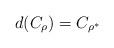
LaTeX: \begin{align*} d(C_\rho) = C_{\rho^*}\end{align*}